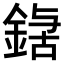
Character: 𮢃